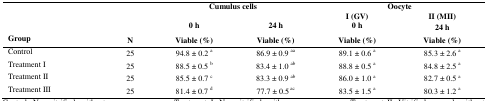
<table><thead><tr><td colspan="2" rowspan="3">[EMPTY_CELL]</td><td colspan="2" rowspan="2"><b>Cumulus cells</b></td><td colspan="2"><b>Oocyte</b></td></tr><tr><td><b>I (GV)</b></td><td><b>II (MII)</b></td></tr><tr><td><b>0 h</b></td><td><b>24 h</b></td><td><b>0 h</b></td><td><b>24 h</b></td></tr><tr><td><b>Group</b></td><td><b>N</b></td><td><b>Viable (%)</b></td><td><b>Viable (%)</b></td><td><b>Viable (%)</b></td><td><b>Viable (%)</b></td></tr></thead><tbody><tr><td>Control</td><td>25</td><td>94.8 ± 0.2 a</td><td>86.9 ± 0.9 aa</td><td>89.1 ± 0.6 a</td><td>85.3 ± 2.6 a</td></tr><tr><td>Treatment I</td><td>25</td><td>88.5 ± 0.5 b</td><td>83.4 ± 1.0 ab</td><td>88.8 ± 0.5 a</td><td>84.8 ± 2.5 a</td></tr><tr><td>Treatment II</td><td>25</td><td>85.5 ± 0.7 c</td><td>83.3 ± 0.9 ab</td><td>86.0 ± 1.0 a</td><td>82.7 ± 0.5 a</td></tr><tr><td>Treatment III</td><td>25</td><td>81.4 ± 0.7 d</td><td>77.7 ± 0.5 ac</td><td>83.5 ± 1.5 a</td><td>80.3 ± 1.2 a</td></tr></tbody></table>